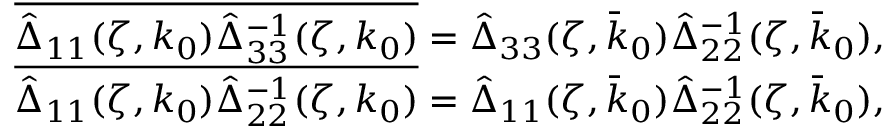
\begin{array} { r l } & { \overline { { \hat { \Delta } _ { 1 1 } ( \zeta , k _ { 0 } ) \hat { \Delta } _ { 3 3 } ^ { - 1 } ( \zeta , k _ { 0 } ) } } = \hat { \Delta } _ { 3 3 } ( \zeta , \bar { k } _ { 0 } ) \hat { \Delta } _ { 2 2 } ^ { - 1 } ( \zeta , \bar { k } _ { 0 } ) , } \\ & { \overline { { \hat { \Delta } _ { 1 1 } ( \zeta , k _ { 0 } ) \hat { \Delta } _ { 2 2 } ^ { - 1 } ( \zeta , k _ { 0 } ) } } = \hat { \Delta } _ { 1 1 } ( \zeta , \bar { k } _ { 0 } ) \hat { \Delta } _ { 2 2 } ^ { - 1 } ( \zeta , \bar { k } _ { 0 } ) , } \end{array}